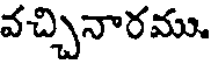
వచ్చినారము.